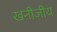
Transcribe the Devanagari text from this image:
खनीजीय